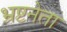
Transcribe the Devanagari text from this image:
भ्रष्टनेता